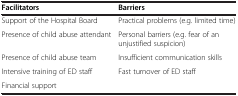
<table><thead><tr><td><b>Facilitators</b></td><td><b>Barriers</b></td></tr></thead><tbody><tr><td>Support of the Hospital Board</td><td>Practical problems (e.g. limited time)</td></tr><tr><td>Presence of child abuse attendant</td><td>Personal barriers (e.g. fear of an unjustified suspicion)</td></tr><tr><td>Presence of child abuse team</td><td>Insufficient communication skills</td></tr><tr><td>Intensive training of ED staff</td><td>Fast turnover of ED staff</td></tr><tr><td>Financial support</td><td> </td></tr></tbody></table>